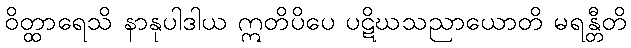
ဝိတ္ထာရေသိ နာနုပါဒါယ ဣတိပိပေ ပဋိဃသညာယောတိ မရန္တီတိ